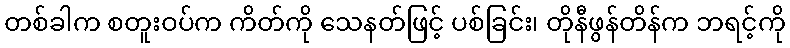
တစ်ခါက စတူးဝပ်က ကိတ်ကို သေနတ်ဖြင့် ပစ်ခြင်း၊ တိုနီဖွန်တိန်က ဘရင့်ကို